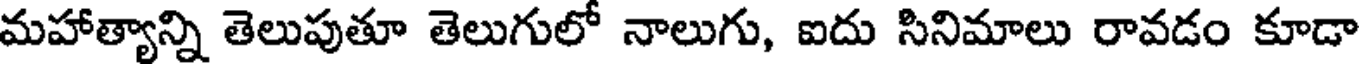
మహాత్యాన్ని తెలుపుతూ తెలుగులో నాలుగు, ఐదు సినిమాలు రావడం కూడా